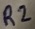
Text: R2